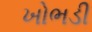
ખોભડી